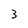
Character: 3